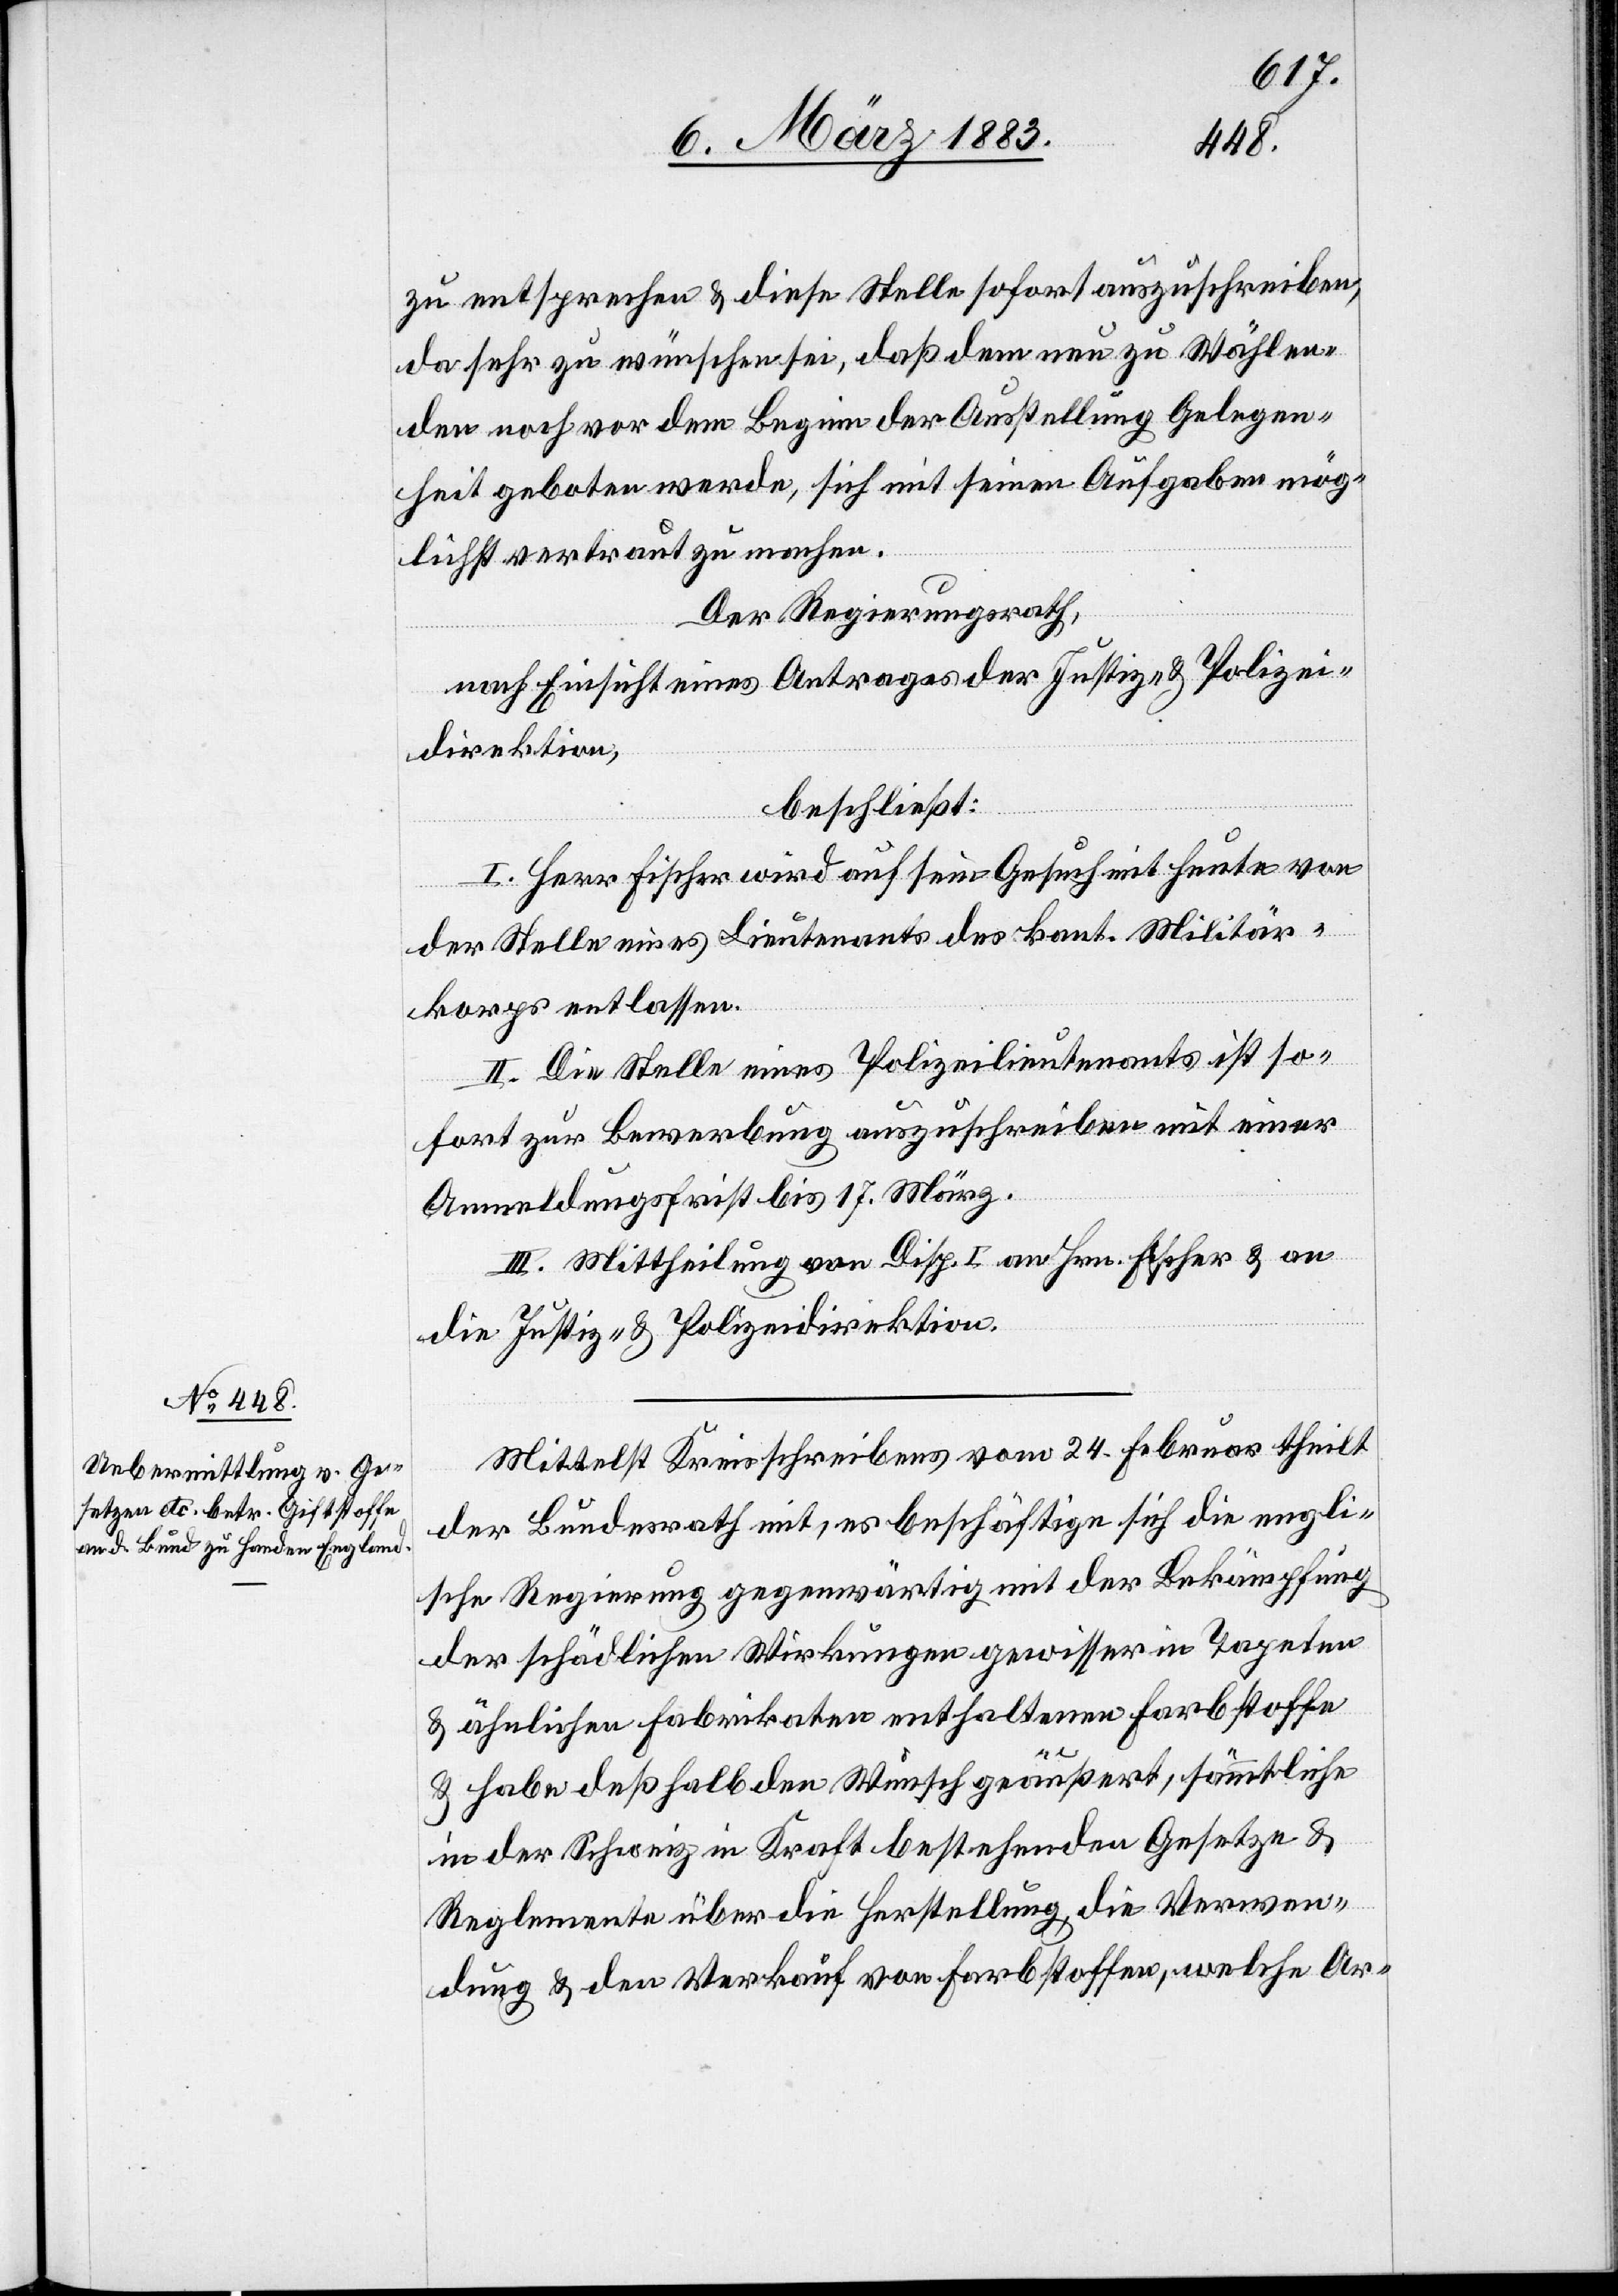
7. März 1883.]
zu entsprechen & diese Stelle sofort auszuschreiben,
da sehr zu wünschen sei, daß dem neu zu Wählen¬
den noch vor dem Beginn der Anstellung Gelegen¬
heit geboten werde, sich mit seinen Aufgaben mög¬
lichst vertraut zu machen.
Der Regierungsrath,
nach Einsicht eines Antrages der Justiz- & Polizei¬
direktion,
l-Verfügungen.
beschließt:
I. Herr Fischer wird auf sein Gesuch mit heute von
der Stelle eines Lieutenants des kant. Militär¬
korps entlassen.
II. Die Stelle eines Polizeilieutenants ist so¬
fort zur Bewerbung auszuschreiben mit einer
Anmeldungsfrist bis 17. März.
III. Mittheilung von Disp. I an Hrn. Fischer & an
die Justiz- & Polizeidirektion.
Mittelst Kreisschreibens vom 24. Februar theilt
der Bundesrath mit, es beschäftige sich die engli¬
sche Regierung gegenwärtig mit der Bekämpfung
der schädlichen Wirkungen gewisser in Tapeten
& ähnlichen Fabrikaten enthaltenen Farbstoffe
& habe deßhalb den Wunsch geäußert, sämmtliche
in der Schweiz in Kraft bestehenden Gesetze &
Reglemente über die Herstellung, die Verwen¬
dung & den Verkauf von Farbstoffen, welche Ar-